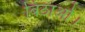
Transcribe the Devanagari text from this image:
बिठाओ।